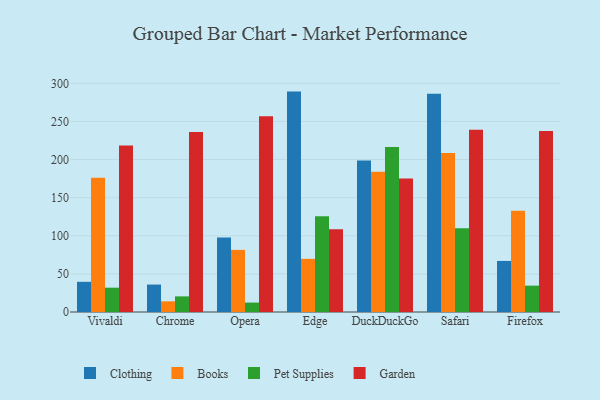
{"axis": {"x": "Browser", "y": "Tickets Resolved"}, "legend": ["Books", "Clothing", "Garden", "Pet Supplies"], "data": [{"x": "Vivaldi", "y": 39.6, "type": "Clothing"}, {"x": "Vivaldi", "y": 176.0, "type": "Books"}, {"x": "Vivaldi", "y": 31.9, "type": "Pet Supplies"}, {"x": "Vivaldi", "y": 218.4, "type": "Garden"}, {"x": "Chrome", "y": 36.0, "type": "Clothing"}, {"x": "Chrome", "y": 14.0, "type": "Books"}, {"x": "Chrome", "y": 20.5, "type": "Pet Supplies"}, {"x": "Chrome", "y": 236.3, "type": "Garden"}, {"x": "Opera", "y": 97.7, "type": "Clothing"}, {"x": "Opera", "y": 81.5, "type": "Books"}, {"x": "Opera", "y": 12.4, "type": "Pet Supplies"}, {"x": "Opera", "y": 256.8, "type": "Garden"}, {"x": "Edge", "y": 289.2, "type": "Clothing"}, {"x": "Edge", "y": 69.7, "type": "Books"}, {"x": "Edge", "y": 125.6, "type": "Pet Supplies"}, {"x": "Edge", "y": 108.7, "type": "Garden"}, {"x": "DuckDuckGo", "y": 198.8, "type": "Clothing"}, {"x": "DuckDuckGo", "y": 183.9, "type": "Books"}, {"x": "DuckDuckGo", "y": 216.4, "type": "Pet Supplies"}, {"x": "DuckDuckGo", "y": 175.2, "type": "Garden"}, {"x": "Safari", "y": 286.3, "type": "Clothing"}, {"x": "Safari", "y": 208.7, "type": "Books"}, {"x": "Safari", "y": 109.9, "type": "Pet Supplies"}, {"x": "Safari", "y": 239.3, "type": "Garden"}, {"x": "Firefox", "y": 67.0, "type": "Clothing"}, {"x": "Firefox", "y": 132.7, "type": "Books"}, {"x": "Firefox", "y": 34.6, "type": "Pet Supplies"}, {"x": "Firefox", "y": 237.5, "type": "Garden"}]}